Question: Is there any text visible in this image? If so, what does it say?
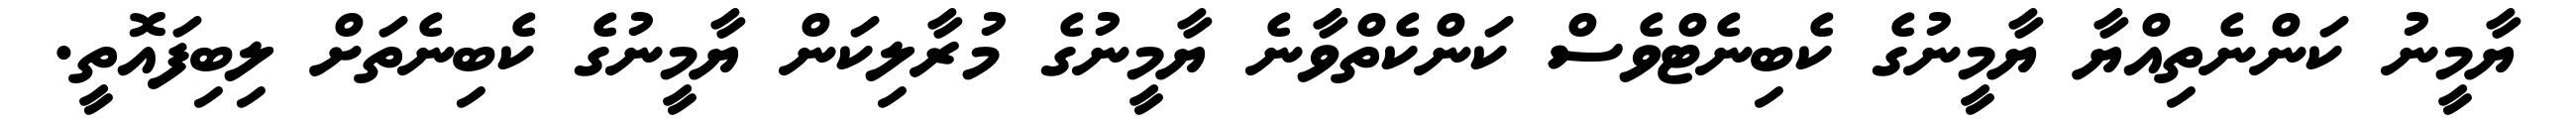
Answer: ޔާމީނު ކަންނެތިއްޔާ ޔާމީނުގެ ކެބިނެޓްވެސް ކަންކެތްވާނެ ޔާމީނުގެ މުރާލިކަން ޔާމީނުގެ ކެބިނެތަށް ލިބިފައޮތީ.